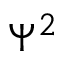
\Psi ^ { 2 }